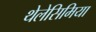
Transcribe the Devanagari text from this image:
थेलेसिमिया